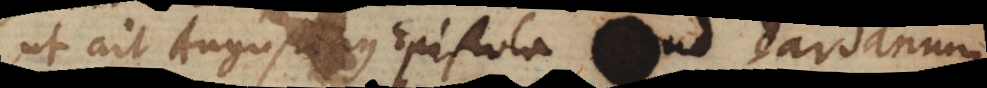
ut ait Augustinus Epistola ad Dardanum,